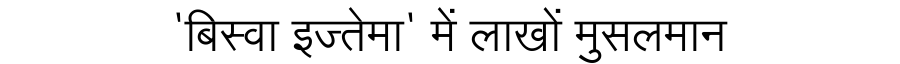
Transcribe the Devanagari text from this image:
'बिस्वा इज्तेमा' में लाखों मुसलमान